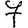
Digit: 7